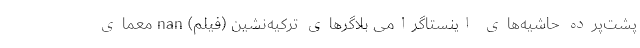
پشت‌پرده حاشیه‌های اینستاگرامی بلاگرهای ترکیه‌نشین (فیلم) nan معمای